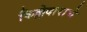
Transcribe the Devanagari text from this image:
किल्लेदाराचे